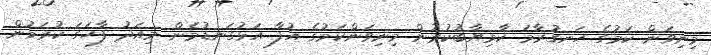
މިނިވަން ކަމުގެ ހަނގުރާމަ ކާމިޔާބުކުރުން މިނިވަންކަމުގެ އުފާ އަޅުގަނޑުމެން މިއަދު ފާހަގަ ކުރަމުން